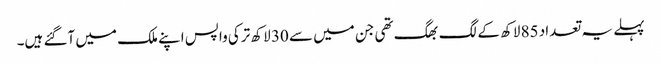
پہلے یہ تعداد 85 لاکھ کے لگ بھگ تھی جن میں سے 30 لاکھ ترکی واپس اپنے ملک میں آگئے ہیں۔